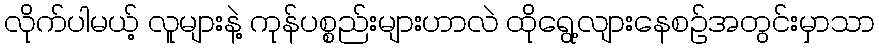
လိုက်ပါမယ့် လူများနဲ့ ကုန်ပစ္စည်းများဟာလဲ ထိုရွေ့လျားနေစဉ်အတွင်းမှာသာ